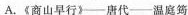
A.《商山早行》——唐代——温庭筠